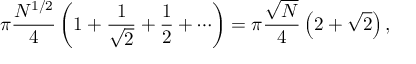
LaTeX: \pi { \frac { N ^ { 1 / 2 } } { 4 } } \left( 1 + { \frac { 1 } { \sqrt { 2 } } } + { \frac { 1 } { 2 } } + \cdots \right) = \pi { \frac { \sqrt { N } } { 4 } } \left( 2 + { \sqrt { 2 } } \right) ,